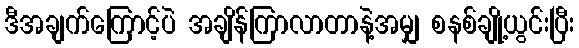
ဒီအချက်ကြောင့်ပဲ အချိန်ကြာလာတာနဲ့အမျှ စနစ်ချို့ယွင်းပြီး